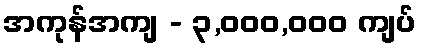
အကုန်အကျ - ၃,၀၀၀,၀၀၀ ကျပ်